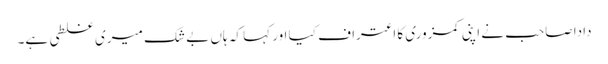
دادا صاحب نے اپنی کمزوری کا اعتراف کیا اور کہا کہ ہاں بے شک میری غلطی ہے۔